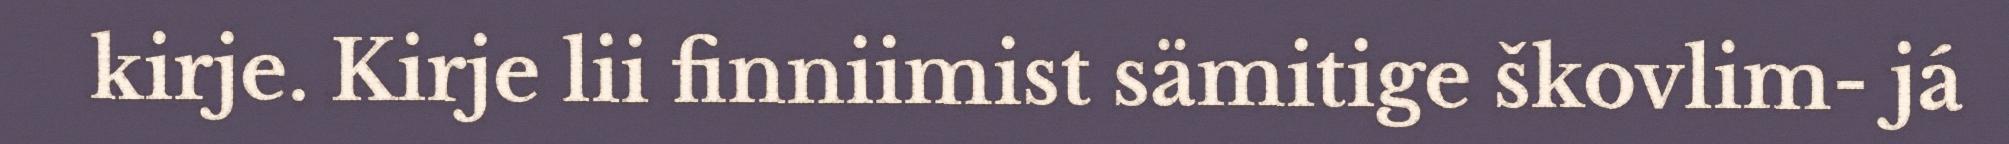
kirje. Kirje lii finniimist sämitige škovlim- já